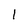
Character: 1